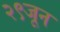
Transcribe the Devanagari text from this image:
२९जून